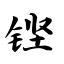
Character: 铿